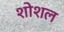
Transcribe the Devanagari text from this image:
शोशल